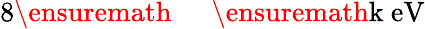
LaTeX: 8\ensuremath{\mathrm{~\textrm~{~\, ~}~}}\ensuremath{\mathrm{\mathrm{k}\ eV}}